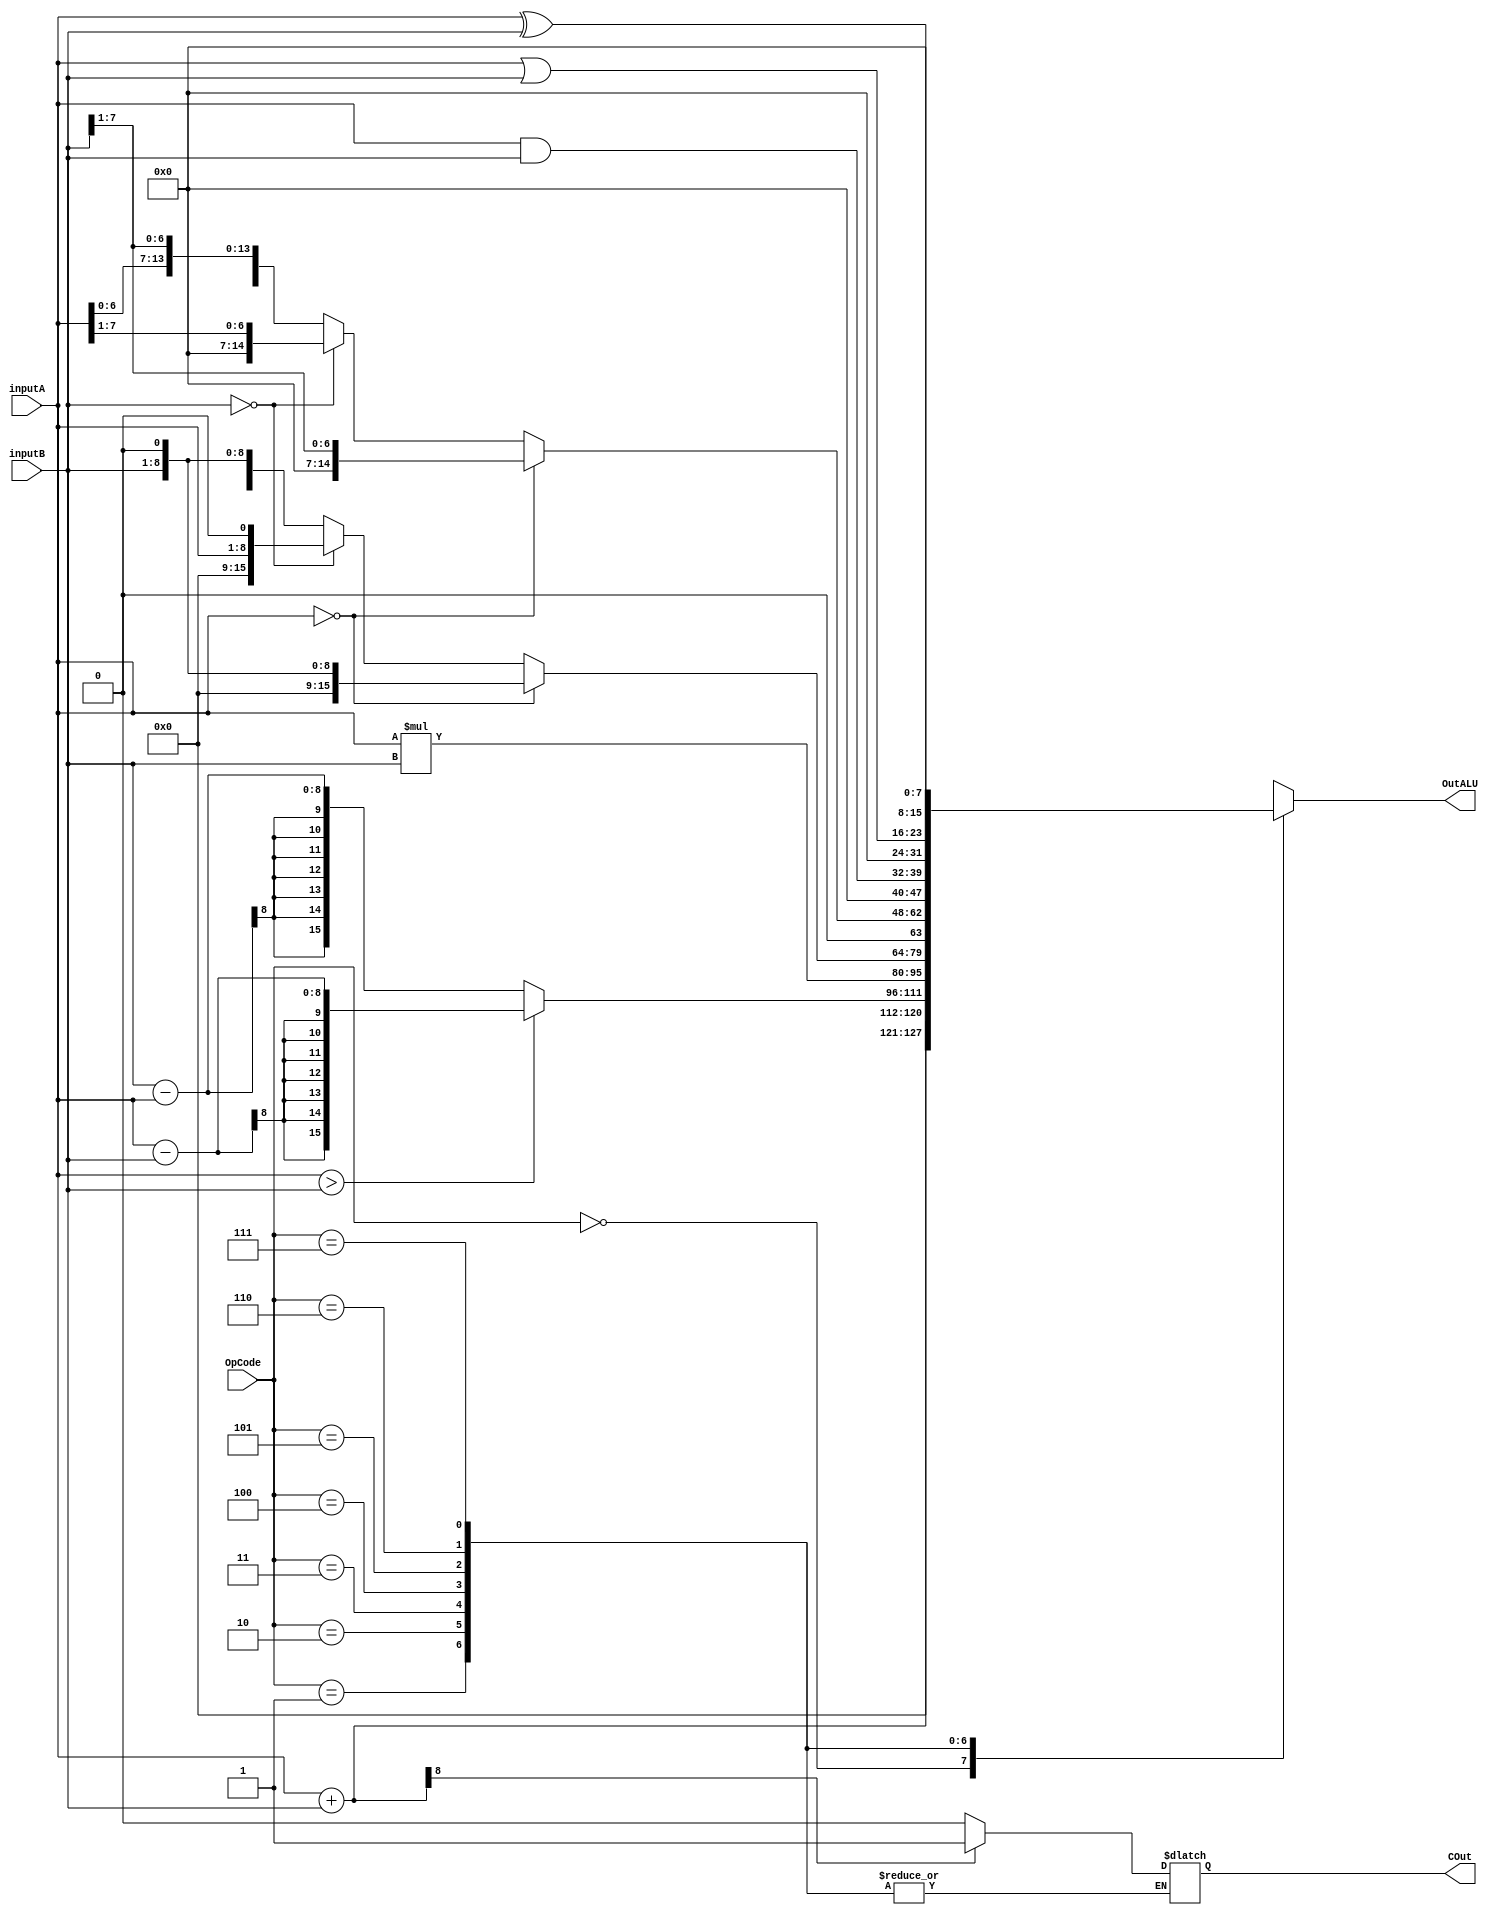
// Design Name:   ALU_8_Bit

module ALU_8_Bit(inputA, inputB, OpCode, COut, OutALU);
	input [7:0] inputA;
	input [7:0] inputB;
	input [2:0] OpCode;
	output reg [15:0] OutALU;
	output reg COut;
	parameter [2:0] ADD = 3'b000, SUB = 3'b001, MUL = 3'b010, LSHFT = 3'b011,
				 RSHFT = 3'b100, AND = 3'b101, OR = 3'b110, XOR = 3'b111;
	
	reg [15:0] combine;
	
	always @(inputA or inputB or OpCode)
	begin
		case(OpCode)
		ADD: begin
		OutALU = inputA + inputB;
		if(OutALU[8] == 1'b1)
			COut = 1;
		else
			COut = 0;
		end
		
		SUB: begin
		if(inputA > inputB)
			OutALU = inputA - inputB;
		else
			OutALU = inputB - inputA;
		end

		MUL: begin
		OutALU = inputA * inputB;
		end
		
		LSHFT: begin
		if(inputA == 0)
			OutALU = inputB << 1;
		else if(inputB == 0)
			OutALU = inputA << 1;
		else
			begin
			combine = {inputA,inputB};
			OutALU = combine << 1;
			end
		end
		
		RSHFT: begin
		if(inputA == 0)
			OutALU = inputB >> 1;
		else if(inputB == 0)
			OutALU = inputA >> 1;
		else
			begin
			combine = {inputA,inputB};
			OutALU = combine >> 1;
			end
		end
		
		AND: begin
		OutALU = inputA & inputB;
		end
		
		OR: begin
		OutALU = inputA | inputB;
		end
	
		XOR: begin
		OutALU = inputA ^ inputB;
		end
		endcase
	end
endmodule